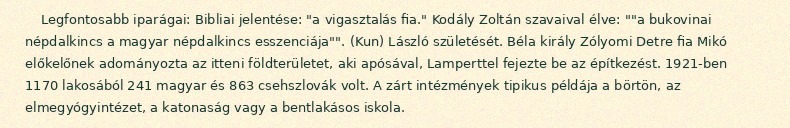
Legfontosabb iparágai: Bibliai jelentése: "a vigasztalás fia." Kodály Zoltán szavaival élve: ""a bukovinai népdalkincs a magyar népdalkincs esszenciája"". (Kun) László születését. Béla király Zólyomi Detre fia Mikó előkelőnek adományozta az itteni földterületet, aki apósával, Lamperttel fejezte be az építkezést. 1921-ben 1170 lakosából 241 magyar és 863 csehszlovák volt. A zárt intézmények tipikus példája a börtön, az elmegyógyintézet, a katonaság vagy a bentlakásos iskola.